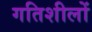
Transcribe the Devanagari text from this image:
गतिशीलों